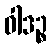
ဝါဒဉ္စ